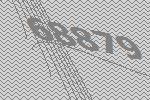
68879